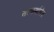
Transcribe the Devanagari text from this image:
सत्कर्मानेच